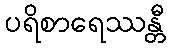
ပရိစာရေဿန္တီ